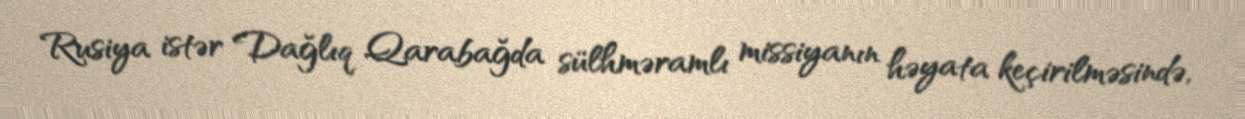
Rusiya istər Dağlıq Qarabağda sülhməramlı missiyanın həyata keçirilməsində,